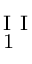
_ { \mathrm { ~ 1 ~ } } ^ { \mathrm { ~ I ~ I ~ } }